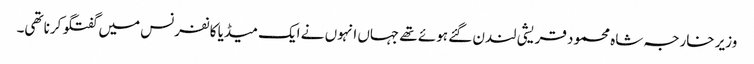
وزیر خارجہ شاہ محمود قریشی لندن گئے ہوئے تھے جہاں انہوں نے ایک میڈیا کانفرنس میں گفتگو کرنا تھی۔